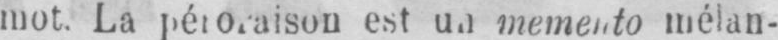
memento mélan-